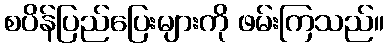
စပိန်ပြည်ပြေးများကို ဖမ်းကြသည်။